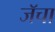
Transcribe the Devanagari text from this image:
जॅचा